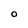
Character: O